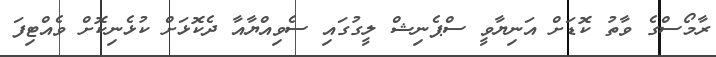
ރާމޯސްގެ ވާތު ކޮޑަށް އަނިޔާވީ ސްޕެނިޝް ލީގުގައި ސެވިއްޔާއާ ދެކޮޅަށް ކުޅެނިކޮށް ވެއްޓިފަ